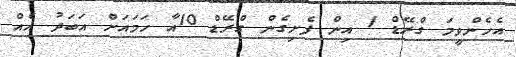
އެހެންވީމަ ގްރޭޑް 1 އިން ފެށިގެން ގްރޭޑް 10އާ ހަމައަށް އަބަދު އެއް